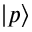
| p \rangle